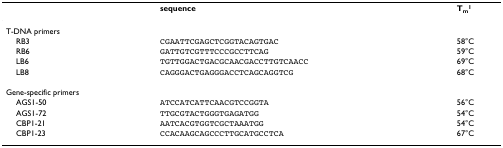
<table><thead><tr><td></td><td><b>sequence</b></td><td><b>T<sub>m</sub><sup>1</sup></b></td></tr></thead><tbody><tr><td>T-DNA primers</td><td></td><td></td></tr><tr><td> RB3</td><td>CGAATTCGAGCTCGGTACAGTGAC</td><td>58°C</td></tr><tr><td> RB6</td><td>GATTGTCGTTTCCCGCCTTCAG</td><td>59°C</td></tr><tr><td> LB6</td><td>TGTTGGACTGACGCAACGACCTTGTCAACC</td><td>69°C</td></tr><tr><td> LB8</td><td>CAGGGACTGAGGGACCTCAGCAGGTCG</td><td>68°C</td></tr><tr><td>Gene-specific primers</td><td></td><td></td></tr><tr><td> AGS1-50</td><td>ATCCATCATTCAACGTCCGGTA</td><td>56°C</td></tr><tr><td> AGS1-72</td><td>TTGCGTACTGGGTGAGATGG</td><td>54°C</td></tr><tr><td> CBP1-21</td><td>AATCACGTGGTCGCTAAATGG</td><td>54°C</td></tr><tr><td> CBP1-23</td><td>CCACAAGCAGCCCTTGCATGCCTCA</td><td>67°C</td></tr></tbody></table>